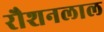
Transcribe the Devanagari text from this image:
रौशनलाल